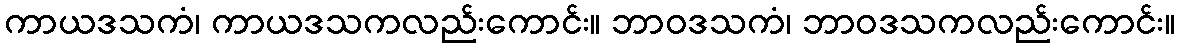
ကာယဒသကံ၊ ကာယဒသကလည်းကောင်း။ ဘာဝဒသကံ၊ ဘာဝဒသကလည်းကောင်း။